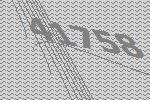
41758